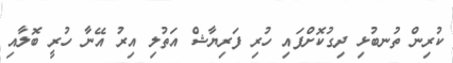
ކުރިން ތުނބުޅި ދިގުކޮށްފައި ހުރި ފަރިޔާޝް އަތުލި އިރު އޭނާ ހުރީ ބޮލާއި